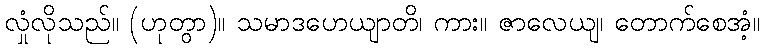
လှုံလိုသည်။ (ဟုတွာ)။ သမာဒဟေယျာတိ၊ ကား။ ဇာလေယျ၊ တောက်စေအံ့။